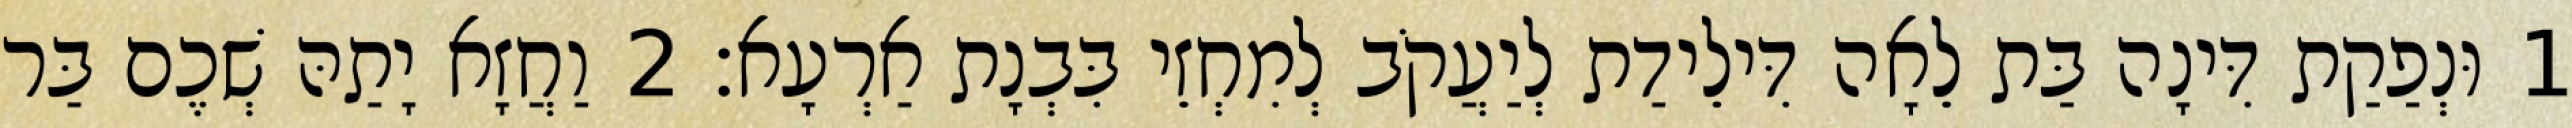
1 וּנְפַקַת דִּינָה בַּת לֵאָה דִּילֵידַת לְיַעֲקֹב לְמִחְזֵי בִּבְנָת אַרְעָא׃ 2 וַחֲזָא יָתַהּ שְׁכֶם בַּר